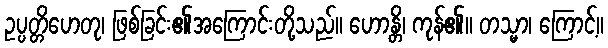
ဥပ္ပတ္တိဟေတု၊ ဖြစ်ခြင်း၏အကြောင်းတို့သည်။ ဟောန္တိ၊ ကုန်၏။ တသ္မာ၊ ကြောင့်။